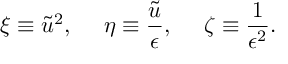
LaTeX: \xi \equiv \tilde { u } ^ { 2 } , \: \: \: \: \: \: \eta \equiv \frac { \tilde { u } } { \epsilon } , \: \: \: \: \: \: \zeta \equiv \frac { 1 } { \epsilon ^ { 2 } } .